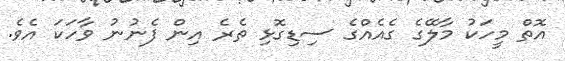
އޮތް މީހަކު މާލޭގެ ގެއެއްގެ ސިޑިގޮޅި ތެރެ އިން ފެނުނު ވާހަކަ އެވެ.